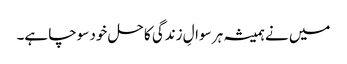
میں نے ہمیشہ ہر سوالِ زندگی کا حل خود سوچا ہے۔